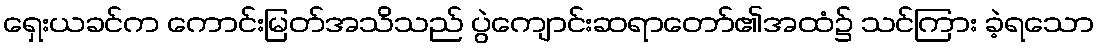
ရှေးယခင်က ကောင်းမြတ်အသိသည် ပွဲကျောင်းဆရာတော်၏အထံ၌ သင်ကြား ခဲ့ရသော